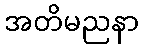
အတိမညနာ